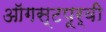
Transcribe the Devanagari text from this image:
ऑगस्टपूर्वी